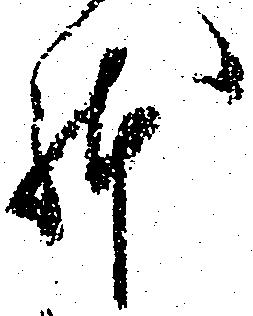
躰